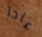
عادا